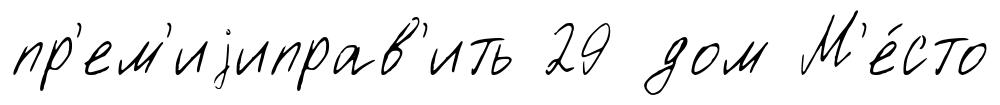
пр'ем'иjиправ'ить 29 дом М'е́сто